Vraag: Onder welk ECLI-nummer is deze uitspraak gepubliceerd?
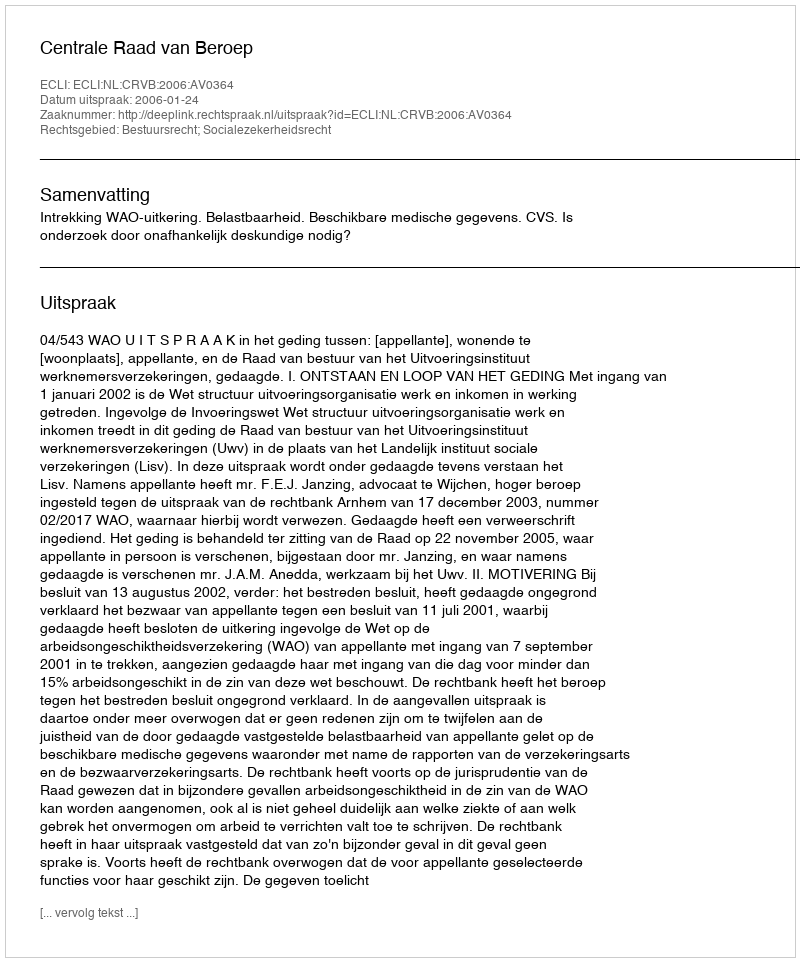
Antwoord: ECLI:NL:CRVB:2006:AV0364